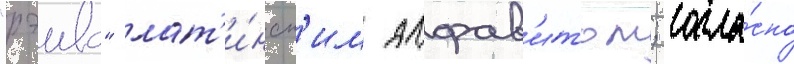
"рэива" лат'и́нск'им алфав'итом; согла́сно